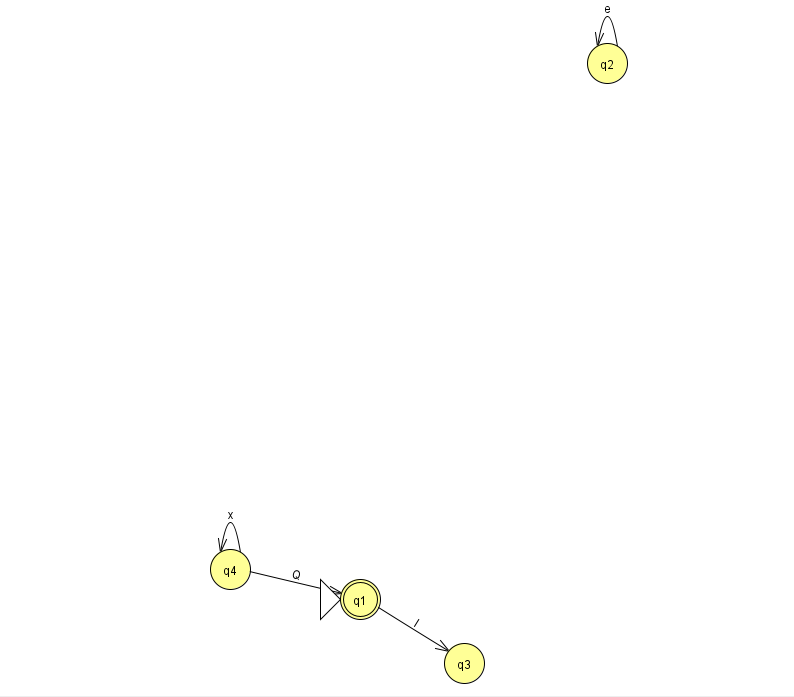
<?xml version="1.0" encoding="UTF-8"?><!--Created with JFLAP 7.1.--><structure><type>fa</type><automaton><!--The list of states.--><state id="1" name="q1"><x>360.0</x><y>586.0</y><initial/><final/></state><state id="2" name="q2"><x>607.0</x><y>50.0</y></state><state id="3" name="q3"><x>464.0</x><y>650.0</y></state><state id="4" name="q4"><x>230.0</x><y>556.0</y></state><!--The list of transitions.--><transition><from>2</from><to>2</to><read>e</read></transition><transition><from>4</from><to>4</to><read>x</read></transition><transition><from>4</from><to>1</to><read>Q</read></transition><transition><from>1</from><to>3</to><read>l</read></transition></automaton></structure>